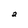
Character: 2